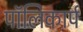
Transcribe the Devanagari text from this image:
पॉलिकार्प